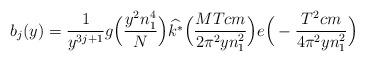
LaTeX: \begin{align*} b_j(y) = \frac{1}{y^{3j+1}} g\Big( \frac{y^2 n_1^4}{N} \Big) \widehat{k^*} \Big( \frac{MTcm}{2\pi^2 y n_1^2} \Big) e\Big( -\frac{T^2cm}{4\pi^2 y n_1^2} \Big)\end{align*}